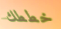
خططك